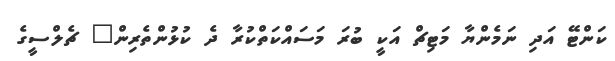
ކަންޓޭ އަދި ނަމެންޔާ މަޓިޗް އަކީ ބުރަ މަސައްކަތްކުރާ ދެ ކުޅުންތެރިން" ޗެލްސީގެ